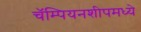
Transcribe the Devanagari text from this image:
चॅम्पियनशीपमध्ये